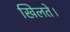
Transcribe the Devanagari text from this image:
खिलते।